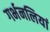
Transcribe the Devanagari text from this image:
गर्भनलियां